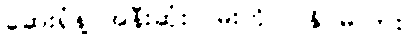
ဆေးရုံနဲ့ အနီးဆုံးလမ်းကို ပြနိုင်မလား။